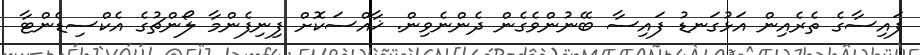
ފައިސާގެ ތެރެއިން އަޅުގަނޑު ފައިސާ ބޭނުންވެގެން ދެންނެވިން. ޚާއްސަކޮށް ފިނިފެންމާ ލޯންޗުގެ އެކްސިޑެންޓާ